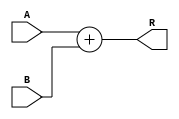
`timescale 1ns / 1ps
//////////////////////////////////////////////////////////////////////////////////
// Company:     SHU
// 
// Design Name: 
// Module Name: adder_32b
// Project Name: 
// Target Devices: 
// Tool Versions: 
// Description: 
//              32   
// Dependencies: 
// 
// Revision:
// Revision 0.01 - File Created
// Additional Comments:
// 
//////////////////////////////////////////////////////////////////////////////////


module adder_32b(
    input   [31:0]      A,
    input   [31:0]      B,
    output  [31:0]      R   
    );
    wire    [32:0]      R_tmp;         
    assign      R_tmp   = A + B;
    assign      R       = R_tmp[31:0];
endmodule